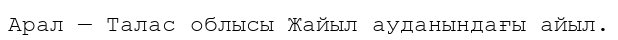
Арал — Талас облысы Жайыл ауданындағы айыл.